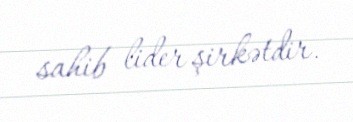
sahib lider şirkətdir.